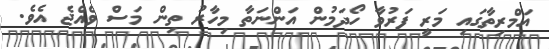
އަމްރިތާގައި މަރީ ފަރުވާ ހޯދަމުން އަންނަތާ މިހާރު ތިން މަސް ވެއްޖެ އެވެ.